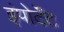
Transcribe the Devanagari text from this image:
इंपोर्टेंट